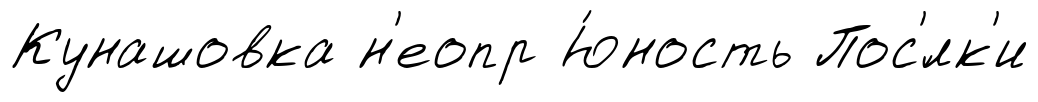
Кунашовка н'еопр Ю́ность Пос'́лк'и